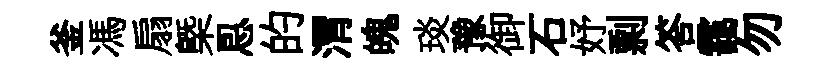
釜馮扇槩㤙的渭魄琰豫御石妤剽答靄勿